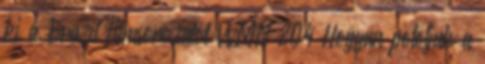
ki a Brazil filmsorozatot WMN 204 Hogyan potoljuk a